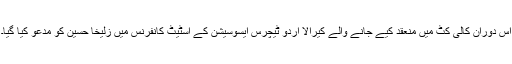
اس دوران کالی کٹ میں منعقد کیے جانے والے کیرالا اُردو ٹیچرس ایسوسیشن کے اسٹیٹ کانفرنس میں زُلیخا حُسین کو مدعو کیا گیا۔